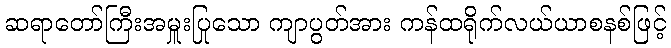
ဆရာတော်ကြီးအမှူးပြုသော ကျာပွတ်အား ကန်ထရိုက်လယ်ယာစနစ်ဖြင့်